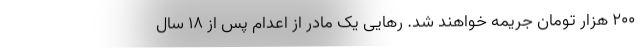
۲۰۰ هزار تومان جریمه خواهند شد. رهایی یک مادر از اعدام پس از ۱۸ سال